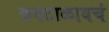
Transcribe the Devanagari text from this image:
कवटाळायचं